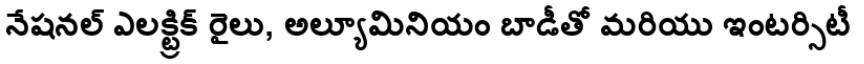
నేషనల్ ఎలక్ట్రిక్ రైలు, అల్యూమినియం బాడీతో మరియు ఇంటర్సిటీ